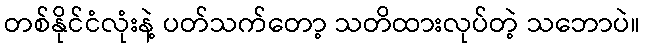
တစ်နိုင်ငံလုံးနဲ့ ပတ်သက်တော့ သတိထားလုပ်တဲ့ သဘောပဲ။